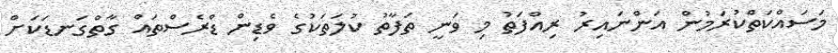
މަސައްކަތްކުރަމުން އަންނައިރު ރިއްފަތު މި ވަނީ ތަފާތު ކުލަތަކުގެ ވެޑިން ޑްރެސްތައް ގާތްގަނޑަކަށް